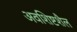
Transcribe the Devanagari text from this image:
अवशिष्टशैल